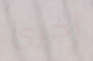
أخرى